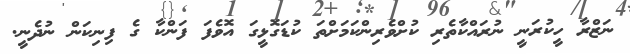
ނަޒްރާ ހީކުރަނީ ނުރައްކާތެރި ކުށްވެރިންކަމަށްތަ ކުޑަގޮޅީގަ އޮވެފަ ފަންކާ ގެ ފިނިކަން ނުދެނީ.